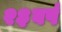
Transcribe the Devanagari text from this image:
२३वर्ष